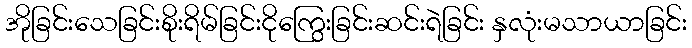
အိုခြင်းသေခြင်းစိုးရိမ်ခြင်းငိုကြွေးခြင်းဆင်းရဲခြင်း နှလုံးမသာယာခြင်း